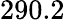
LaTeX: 290.2